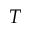
T